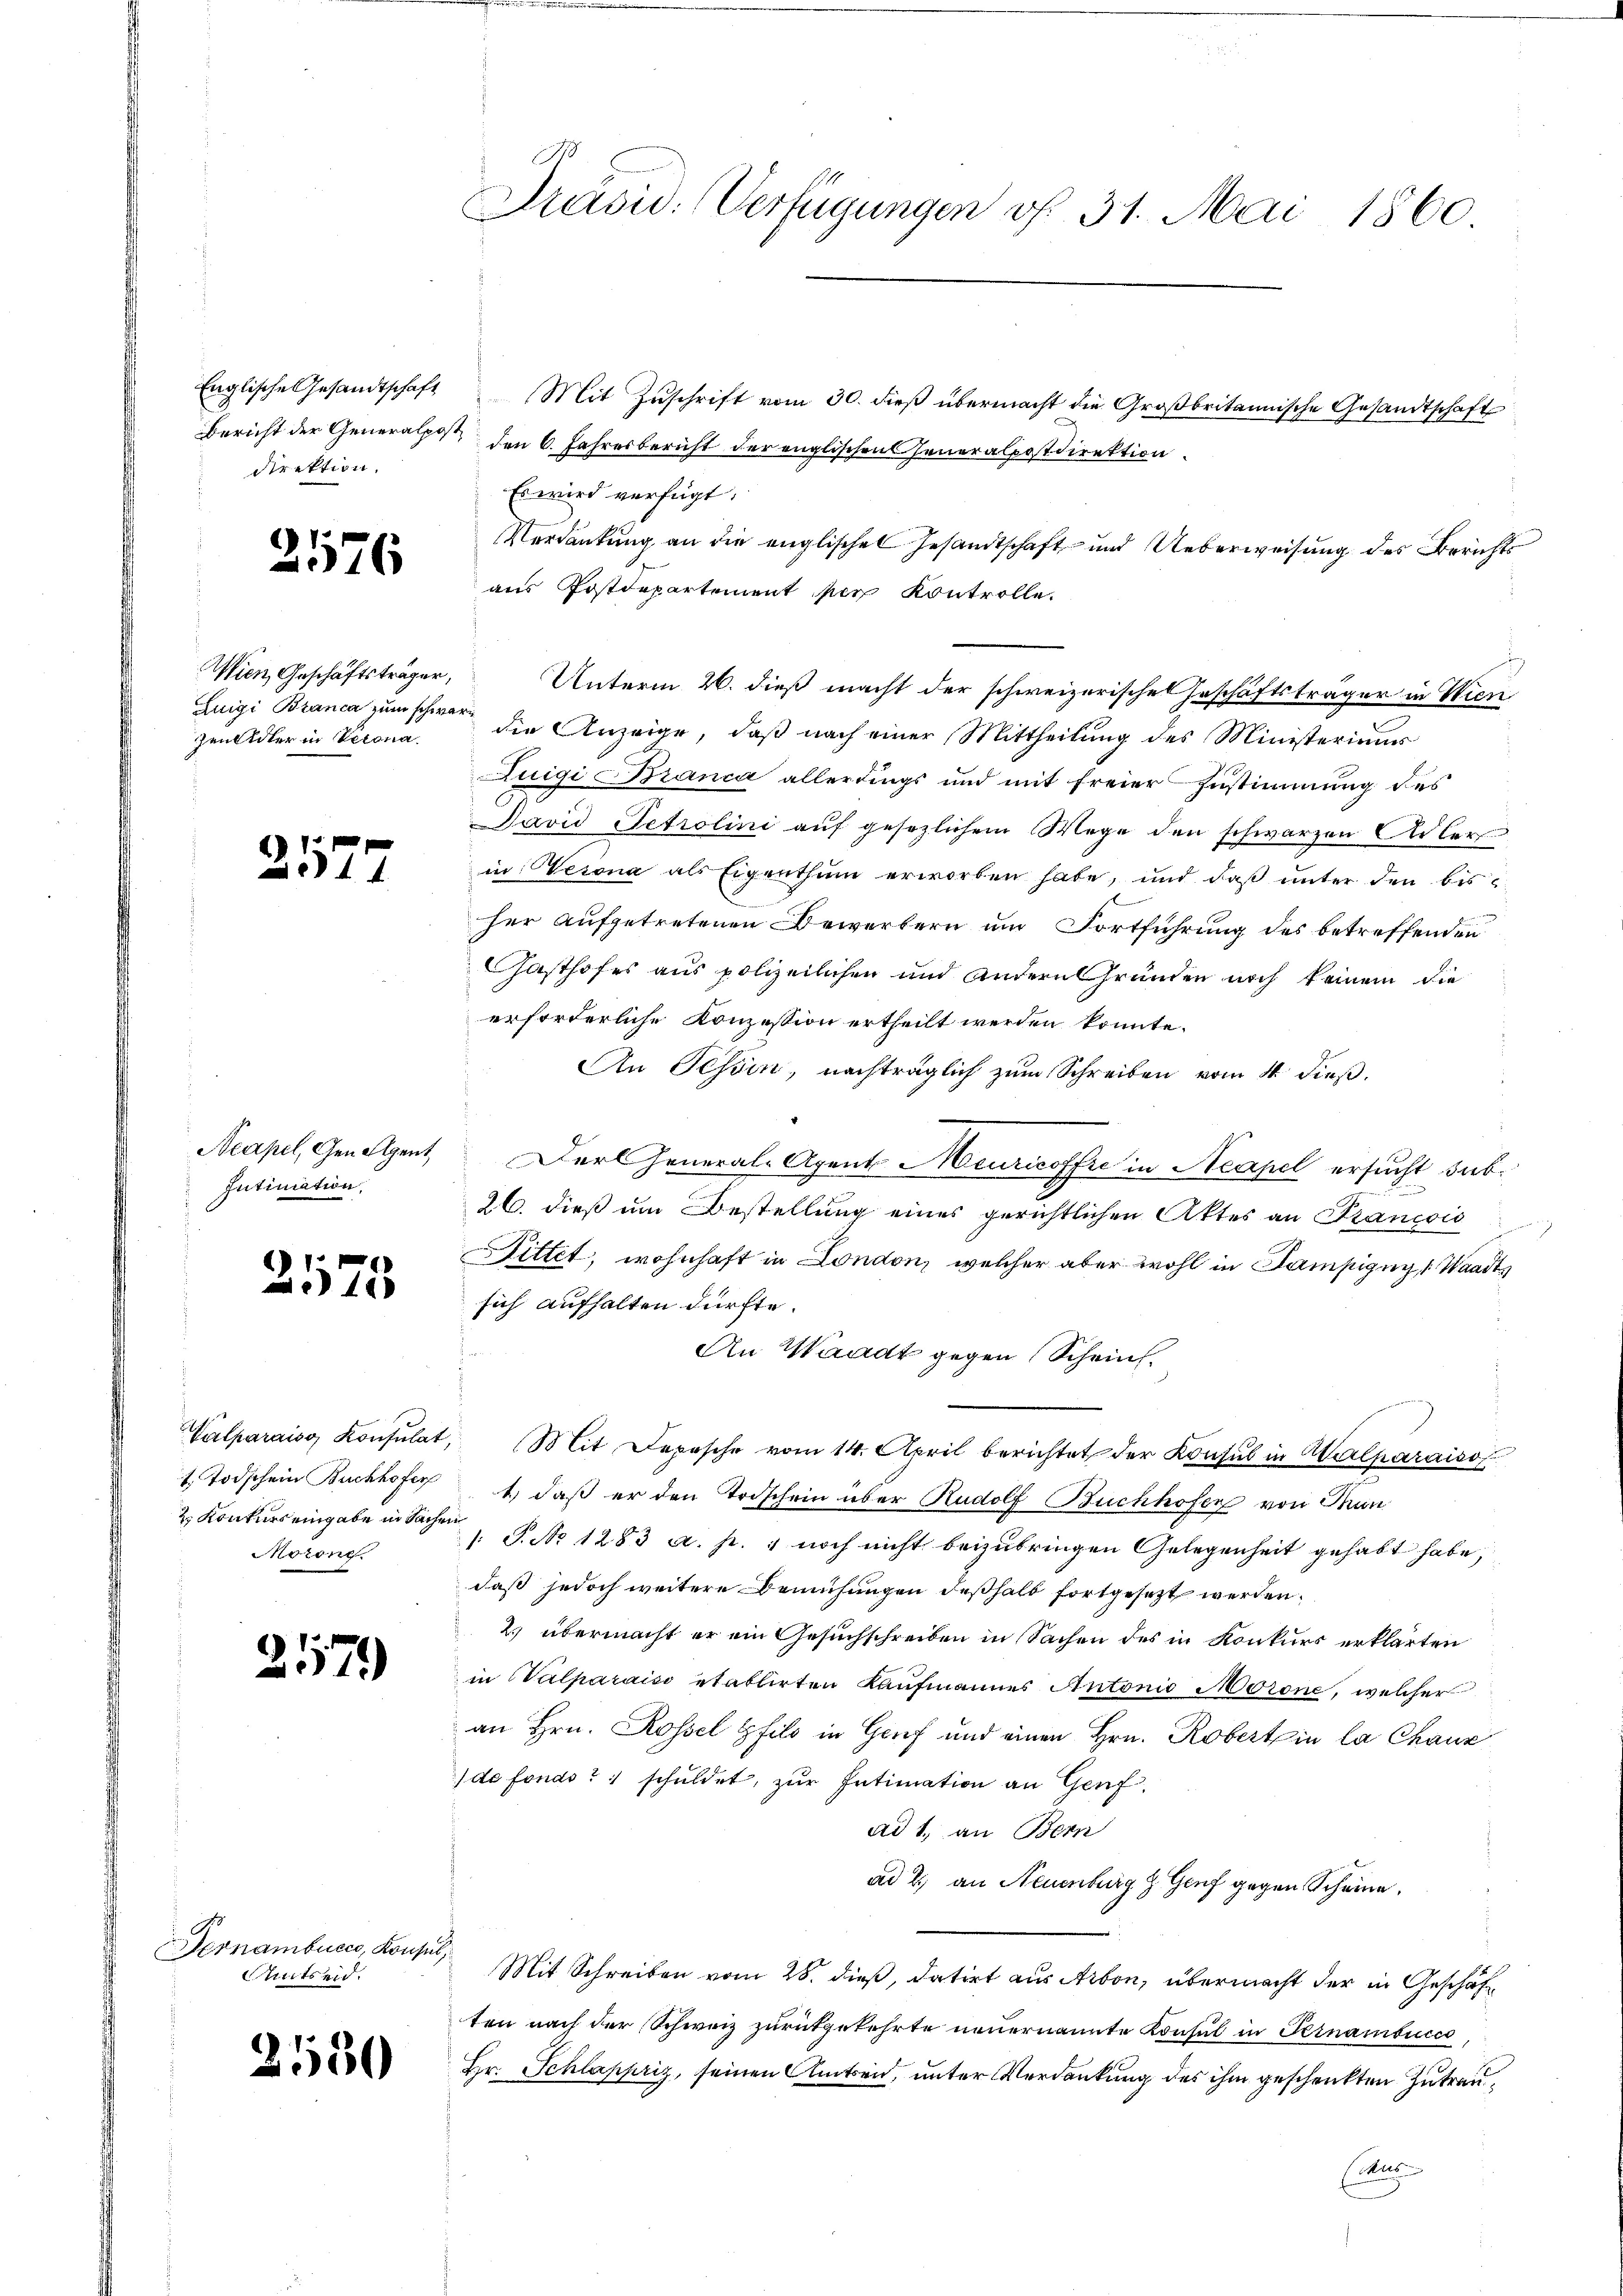
Englische Gesandtschaft
direktion.

257)

2

2576

Wien, Geschäftsträger,
Luigi Branca zum schwere
ZenAdler in Verona

2577

Acapel, Geneigent
Intimation,

2575

1. Todschein Buchhofer
 Konkurs eingabe in Sachen
Morong.

Pernambucco, Konsul,
Antseid.

530

E
Präsid. Verfügungen v. 31. Mai 1860

Mit Zuschrift vom 30. dieß übermacht die Großbritannische Gesandtschaft
Bericht der Generalpost, den 6. Jahresbericht der englischen Generalpostdirektion
Es wird verfügt:
Verdankung an die englischen Gesandtschaft und Ueberweisung des Berichts
aus Postdepartement per Kontrolle.
Unterm 26. dieß macht der schweizerischen Geschäftsträger in Wien
die Anzeige, daß nach einer Mittheilung des Ministeriums
Luigi Branca allerdings und mit freier Zustimmung des
Javid Petrolini auf gesezlichem Wege den schwarzen Adler
in Werona als Eigenthum erworben habe, und daß unter den bis
her aufgetretenen Bewerbern um Fortführung des betreffenden
Gasthofes aus polizeilichen und andern Gründen noch keinem die
erforderliche Konzession ertheilt werden könnte.
An Tessin, nachträglich zum Schreiben vom 4. dieß.
Der General-Agent Meuricoffre in Neapel ersucht sub¬
26. dieß um Bestellung eines gerichtlichen Aktes an Krancois
Dittet, wohnhaft in London, welcher aber wohl in Sampigug (Waadts
sich aufhalten dürfte.
An Waadt gegen Scheint.
Valparais, Konsulat, (Mit Depesche vom 14. April berichtet der Konsul in Malharaiso
1.) daß er den Trischein über Rudolf Buchhofen von Thun
/: P. No 1283 a. p. 4 noch nicht beizubringen Gelegenheit gehabt habe,
daß jedoch weitere Bemühungen deßhalb fortgesezt werden.
2 übermacht er ein Gesuchschreiben in Sachen des in Konkurs erklärten
in Walparaiso etablirten Kaufmannes Antonio Morone, welcher
an Hrn. Rossel pfilo in Genf und einen Hrn. Robertin la Chaux
de fonds schuldet, zur Intimation an Genf
ad 1., an Bern
ad 2., an Neuenburg z. Genf gegen Scheine,
Mit Schreiben vom 28. dieß, datirt aus Arbon, übermacht der in Geschäften nach der Schweiz zurückgekehrte neuernannte Konsul in Pernambices
Hr. Schlappriz, seinen Amtseid, unter Verdankung des ihm geschenkten Zutraua